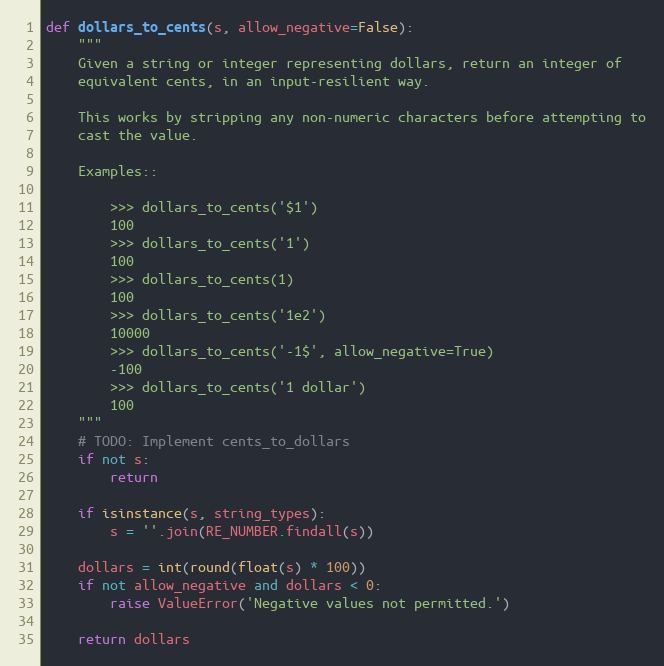
Language: Python
def dollars_to_cents(s, allow_negative=False):
    """
    Given a string or integer representing dollars, return an integer of
    equivalent cents, in an input-resilient way.

    This works by stripping any non-numeric characters before attempting to
    cast the value.

    Examples::

        >>> dollars_to_cents('$1')
        100
        >>> dollars_to_cents('1')
        100
        >>> dollars_to_cents(1)
        100
        >>> dollars_to_cents('1e2')
        10000
        >>> dollars_to_cents('-1$', allow_negative=True)
        -100
        >>> dollars_to_cents('1 dollar')
        100
    """
    # TODO: Implement cents_to_dollars
    if not s:
        return

    if isinstance(s, string_types):
        s = ''.join(RE_NUMBER.findall(s))

    dollars = int(round(float(s) * 100))
    if not allow_negative and dollars < 0:
        raise ValueError('Negative values not permitted.')

    return dollars